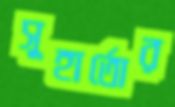
সুহার্তোর